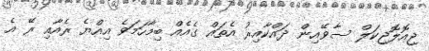
ޖިއޮލޮޖިކަލް ސާވޭއިން ދައްކާއިރު އެތައް ގެއެއް ބިމާހަމަވެ އިއްޔެ ރެއާއި ރޭ އެ